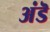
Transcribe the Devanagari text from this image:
अंडॆ